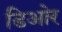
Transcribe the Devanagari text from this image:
डिओर